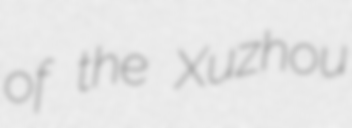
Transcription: of the Xuzhou